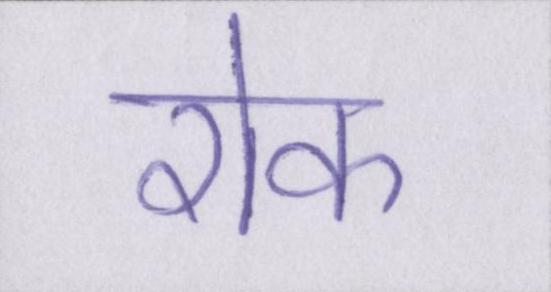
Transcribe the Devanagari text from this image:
रोक